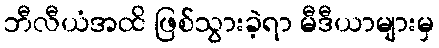
ဘီလီယံအထိ ဖြစ်သွားခဲ့ရာ မီဒီယာများမှ